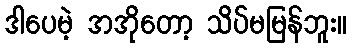
ဒါပေမဲ့ အအိုတော့ သိပ်မမြန်ဘူး။